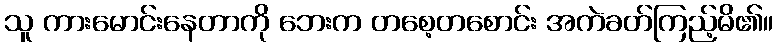
သူ ကားမောင်းနေတာကို ဘေးက တစေ့တစောင်း အကဲခတ်ကြည့်မိ၏။